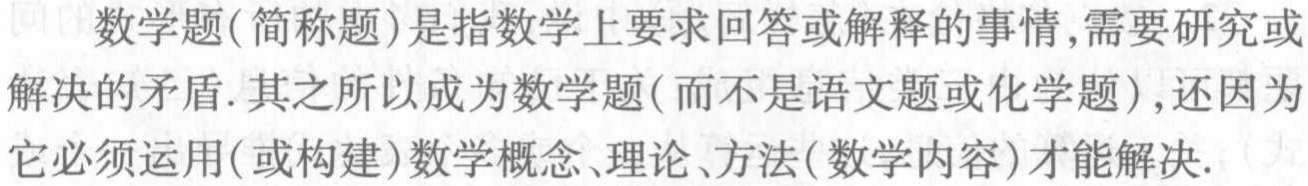
数学题(简称题)是指数学上要求回答或解释的事情,需要研究或

解决的矛盾. 其之所以成为数学题(而不是语文题或化学题),还因为

它必须运用(或构建)数学概念、理论、方法(数学内容)才能解决.